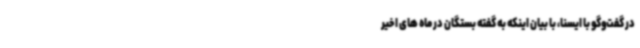
در گفت‌وگو با ایسنا، با بیان اینکه به گفته بستگان در ماه های اخیر